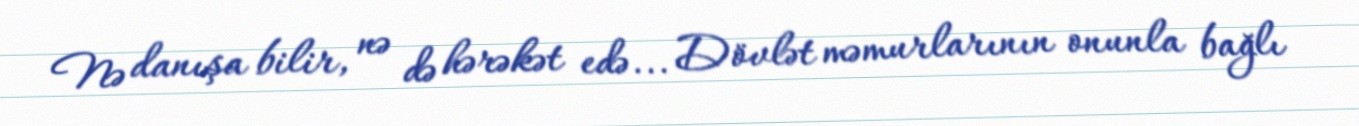
Nə danışa bilir, nə də hərəkət edə... Dövlət məmurlarının onunla bağlı